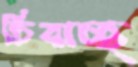
চিবাচ্ছ